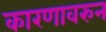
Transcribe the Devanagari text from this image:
कारणावरुन